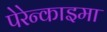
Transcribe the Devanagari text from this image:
पेरेन्काइमा